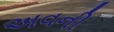
અવની